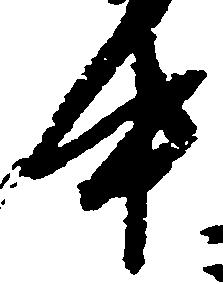
中